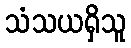
သံသယရှိသူ